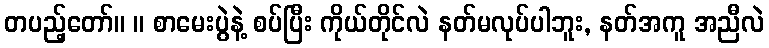
တပည့်တော်။ ။ စာမေးပွဲနဲ့ စပ်ပြီး ကိုယ်တိုင်လဲ နတ်မလုပ်ပါဘူး, နတ်အကူ အညီလဲ